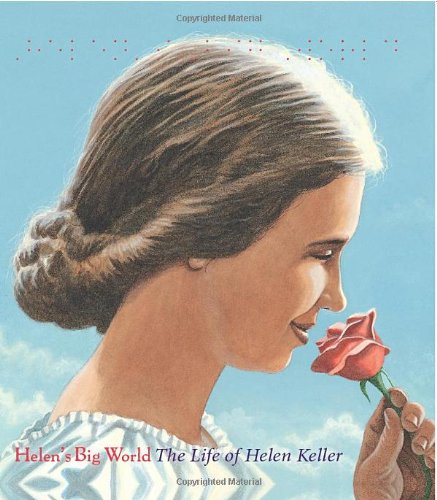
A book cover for Helen's Big World: The Life of Helen Keller (Big Words); Doreen Rappaport; Children's Books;